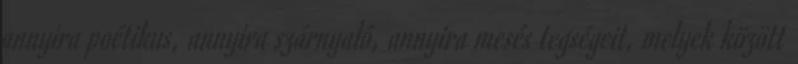
annyira poétikus, annyira szárnyaló, annyira mesés tegségeit, melyek között